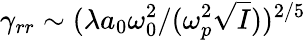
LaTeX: \gamma_{rr}\sim(\lambda a_{0}\omega_{0}^{2}/(\omega_{p}^{2}\sqrt{I}))^{2/5}